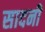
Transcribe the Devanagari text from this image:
सादनी